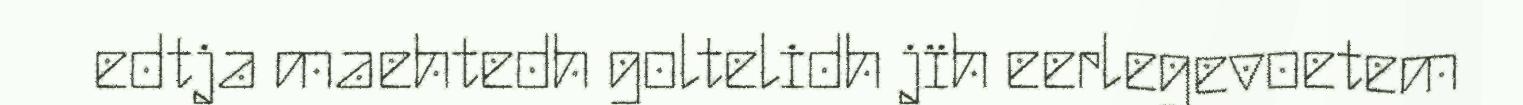
edtja maehtedh goltelidh jïh eerlegevoetem